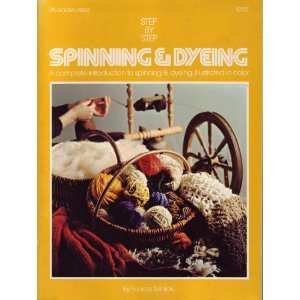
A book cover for Step by Step Spinning & Dyeing: A Complete Introduction to Spinning and Dyeing; Eunice Svinicki; Crafts, Hobbies & Home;